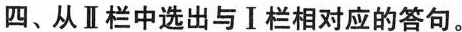
四、从Ⅱ栏中选出与Ⅰ栏相对应的答句.